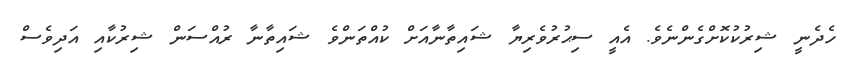
ހެދެނީ ޝިރުކުކޮށްގެންނެވެ. އެއީ ސިޙުރުވެރިޔާ ޝައިތާނާއަށް ކުއްތަންވެ ޝައިތާނާ ރުއްސަން ޝިރުކާއި އަދިވެސް